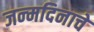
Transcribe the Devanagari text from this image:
जन्‍मदिनाचे